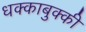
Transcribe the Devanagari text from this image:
धक्काबुक्की